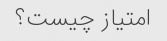
امتیاز چیست؟